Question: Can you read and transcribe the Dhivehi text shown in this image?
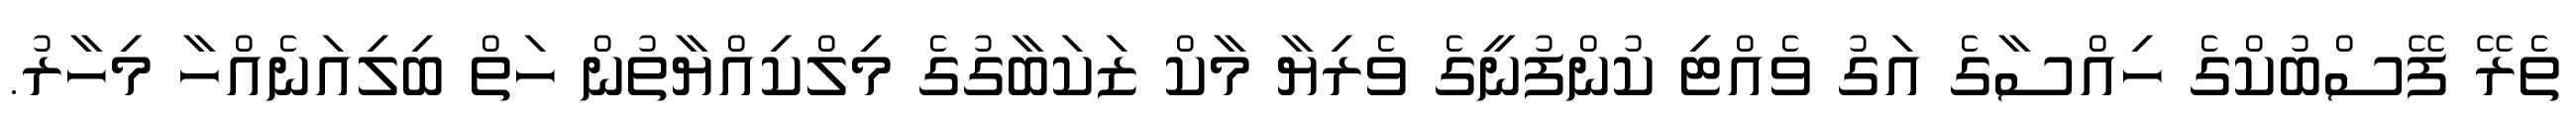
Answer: ތެރޭ ފޭސްބުކްގެ ހިއްސާގެ އަގު ވެއްޓި ކުންފުނީގެ ވެރިޔާ މާކް ޒަކަބާގުގެ މިލްކިއްޔާތުން ހަތް ބިލިއަނެއްހާ މިހާރު.